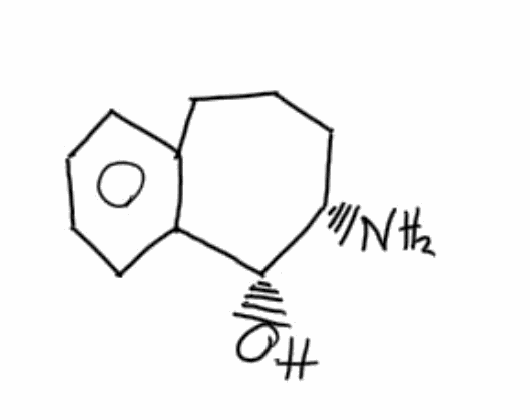
Simplified molecular-input line-entry system (SMILES) notation of the given molecule:
C1C[C@@H]([C@@H](C2=CC=CC=C2C1)O)N